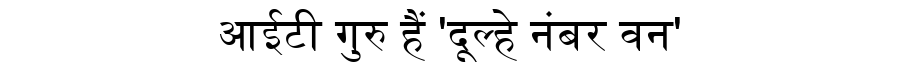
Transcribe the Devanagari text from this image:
आईटी गुरु हैं 'दूल्हे नंबर वन'